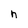
Character: h